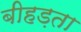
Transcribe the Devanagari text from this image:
बीहड़ता